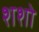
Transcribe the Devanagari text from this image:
शशो